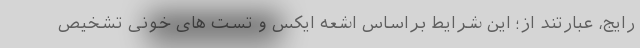
رایج، عبارتند از؛ این شرایط براساس اشعه ایکس و تست های خونی تشخیص